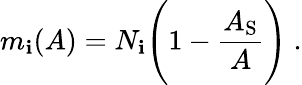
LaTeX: m_{\mathbf{i}}(A)=N_{\mathbf{i}}\Biggl(1-\frac{{A_{\mathrm{{S}}}}}{{A}}\Biggr)~.